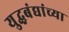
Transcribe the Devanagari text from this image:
युद्धबंद्यांच्या